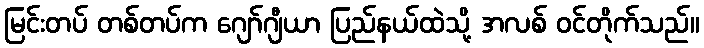
မြင်းတပ် တစ်တပ်က ဂျော်ဂျီယာ ပြည်နယ်ထဲသို့ အလစ် ဝင်တိုက်သည်။